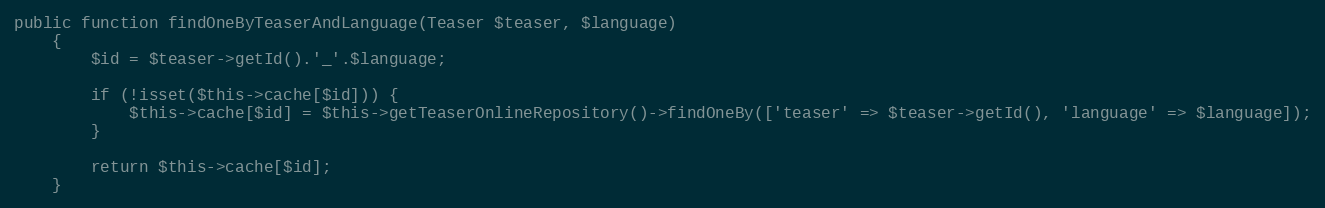
Language: PHP
public function findOneByTeaserAndLanguage(Teaser $teaser, $language)
    {
        $id = $teaser->getId().'_'.$language;

        if (!isset($this->cache[$id])) {
            $this->cache[$id] = $this->getTeaserOnlineRepository()->findOneBy(['teaser' => $teaser->getId(), 'language' => $language]);
        }

        return $this->cache[$id];
    }